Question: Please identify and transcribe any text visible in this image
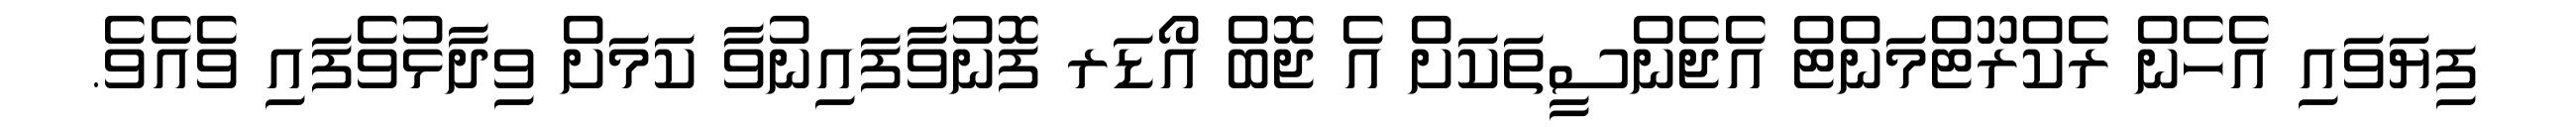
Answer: ފިޔަވައި އެހެން ރެކްރޫޓްމަންޓް އެޖެންސީތަކަށް އެ ޖޮބް އޯޑަރ ފޮނުވާފައިނުވާ ކަމަށް ވިދާޅުވެފައި ވެއެވެ.